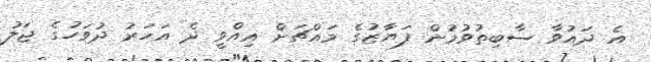
އެ ދައުވާ ސާބިތުވުމުން ފަޔާޒުގެ މައްޗަށް އިއްވީ ދެ އަހަރު ދުވަހުގެ ޖަލު